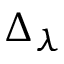
\Delta _ { \lambda }